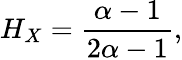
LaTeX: H_{X}={\frac{\alpha-1}{2\alpha-1}},